General report no. 6 on the lunatic asylums, vaccination and dispensaries in the Bengal Presidency, 1873 -
Year: 1873
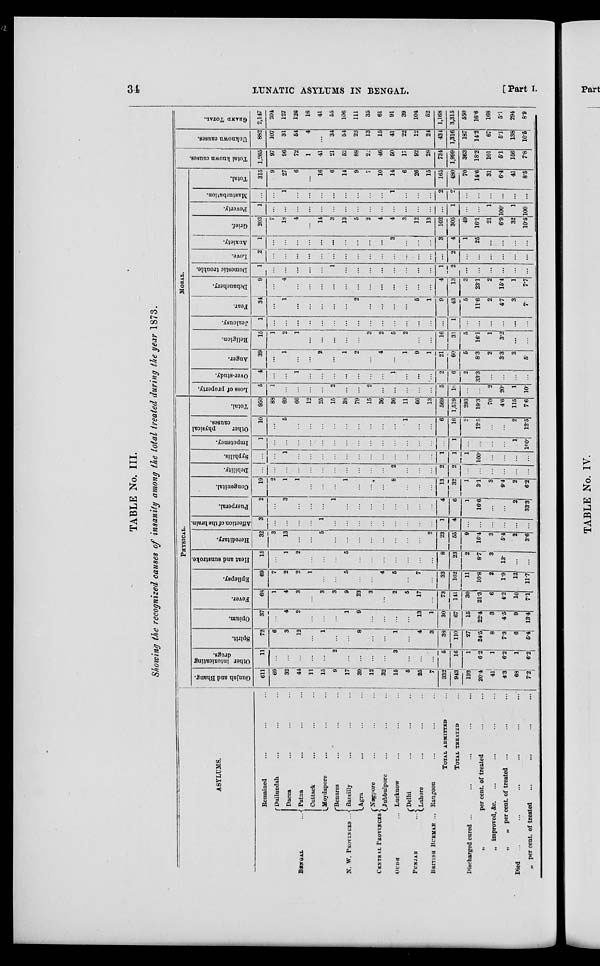
34
LUNATIC ASYLUMS IN BENGAL.
[Part I.
TABLE No. III.
Showing the recognized causes of insanity among the total treated during the year 1873.
ASYLUMS.
BENGAL ...
N. W. PROVINCES ...
CENTRAL PROVINCES
OUDH ...
PUNJAB ...
BRITISH BURMAH ...
Remained ... ...
Dullundah ... ... ...
Dacca ... ... ...
Patna ... ... ...
Cuttack ... ... ...
Moydapore ... ... ...
Benares ... ... ...
Bareilly ... ... ...
Agra ... ... ...
Nagpore ... ... ...
Jubbulpore ... ... ...
Lucknow ... ... ...
Delhi ... ... ...
Lahore ... ... ...
Rangoon ... ... ...
TOTAL ADMITTED ...
TOTAL TREATED ...
Discharged cured ... ... ... ...
„
per cent. of treated ... ...
„ improved, &c. ... ... ...
„
„ per cent. of treated
... ... ...
Died ... ... ... ... ...
„ per cent. of treated ... ... ...
PHYSICAL.
Gunjah and Bhang.
611
69
32
44
11
15
9
17
39
12
32
15
5
25
7
332
943
193
20.4
41
4.3
68
7.2
Other intoxicating
drugs.
11
...
...
...
...
...
2
...
...
...
...
3
...
...
...
5
16
1
6.2
1
6.2
1
6.2
Spirit.
72
6
3
12
...
1
...
...
8
...
...
1
...
4
3
38
110
27
24.5
8
7.3
6
5.4
Opium.
37
...
4
2
...
...
...
1
9
...
...
...
...
13
1
30
67
15
22.4
3
4.5
9
13.4
Fever.
68
1
4
3
...
3
3
9
23
3
...
2
5
17
...
73
141
30
21.3
6
4.2
10
7.1
Epilepsy.
69
7
2
2
1
...
...
5
...
...
4
5
...
7
...
33
102
11
10.8
2
1.9
12
11.7
Heat and sunstroke.
15
...
1
2
...
...
...
5
...
...
...
...
...
...
...
8
23
2
8.7
3
13.
...
...
Hereditary.
32
3
13
...
...
5
...
...
...
...
...
...
...
...
2
23
55
9
16.4
3
5.4
2
3.6
Affection of the brain.
3
...
...
...
...
1
...
...
...
...
...
...
...
...
...
1
4
...
...
...
...
...
...
Puerperal.
2
...
3
...
...
...
1
...
...
...
...
...
...
...
...
4
6
1
16.6
...
...
2
33.3
Congenital.
19
2
1
1
...
...
...
1
...
...
...
8
...
...
...
13
32
1
3.1
3
9.4
2
6.2
Debility.
...
...
...
...
...
...
...
...
...
...
...
2
...
...
...
2
2
...
...
...
...
...
...
Syphilis.
...
...
1
...
...
...
...
...
...
...
...
...
...
...
...
1
1
1
100.
...
...
...
...
Impotency.
1
...
...
...
...
...
...
...
...
...
...
...
...
...
...
...
1
...
...
...
...
1
100
Other
physical
causes.
10
...
5
...
...
...
...
...
...
...
...
...
1
...
...
6
16
2
12.5
...
...
2
12.5
Total.
950
88
69
66
12
25
15
38
79
15
36
36
11
66
13
569
1,519
293
19.3
70
4.6
115
7.6
MORAL.
Loss of property.
5
1
...
...
...
...
2
...
...
2
...
...
...
...
...
5
10
...
...
2
20.
1
10.
Over-study.
4
...
...
1
...
...
...
...
...
...
...
1
...
...
...
2
6
2
33.3
...
...
...
...
Anger.
39
...
1
...
...
2
...
1
2
...
4
...
1
9
1
21
60
5
8.3
2
3.3
3
5.
Religion.
15
1
2
1
...
...
...
...
...
3
2
5
2
...
...
16
31
5
16.1
1
3.2
...
...
Jealousy.
1
...
...
...
...
...
...
...
...
...
...
...
...
...
...
...
1
...
...
...
...
...
...
Fear.
34
...
1
...
...
...
...
...
2
...
...
...
...
5
1
9
43
5
11.6
2
4.7
3
7.
Debauchery.
9
...
4
...
...
...
...
...
...
...
...
...
...
...
...
4
13
3
23.1
2
15.4
1
7.7
Domestic trouble.
1
...
...
...
...
...
1
...
...
...
...
...
...
...
...
1
2
...
...
...
...
...
...
Love.
2
...
...
...
...
...
...
...
...
...
...
...
...
...
...
...
2
...
...
...
...
...
...
Anxiety.
1
...
...
...
...
...
...
...
...
...
...
3
...
...
...
3
4
1
25
...
...
...
...
Grief.
203
7
18
4
...
14
3
13
5
2
4
4
3
12
13
102
305
49
16.1
21
6.9
32
10.5
Poverty.
1
...
...
...
...
...
...
...
...
...
...
...
...
...
...
...
1
...
...
1
100.
1
100
Masturbation.
...
...
1
...
...
...
...
...
...
...
...
1
...
...
...
2
2
...
...
...
...
...
...
Total.
315
9
27
6
...
16
6
14
9
7
10
14
6
26
15
165
480
70
14.6
31
6.4
41
8.5
Total known causes.
1,265
97
96
72
1
41
21
52
88
22
46
50
17
92
28
734
1,999
363
18.2
101
5.1
156
7.8
Unknown causes.
882
107
31
54
4
...
34
54
23
13
15
41
22
12
24
434
1,316
187
14.2
67
5.1
138
10.5
GRAND TOTAL.
2,147
204
127
126
16
41
55
106
111
35
61
91
39
104
52
1,168
3,315
550
16.6
168
5.1
294
8.9